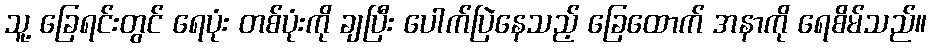
သူ့ ခြေရင်းတွင် ရေပုံး တစ်ပုံးကို ချပြီး ပေါက်ပြဲနေသည့် ခြေထောက် အနာကို ရေစိမ်သည်။